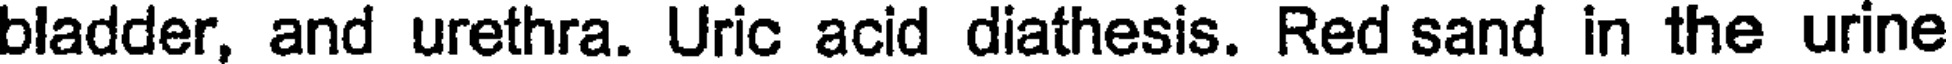
bladder, and urethra. Uric acid diathesis. Red sand in the urine